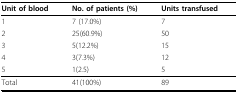
<table><thead><tr><td><b>Unit of blood</b></td><td><b>No. of patients (%)</b></td><td><b>Units transfused</b></td></tr></thead><tbody><tr><td>1</td><td>7 (17.0%)</td><td>7</td></tr><tr><td>2</td><td>25(60.9%)</td><td>50</td></tr><tr><td>3</td><td>5(12.2%)</td><td>15</td></tr><tr><td>4</td><td>3(7.3%)</td><td>12</td></tr><tr><td>5</td><td>1(2.5)</td><td>5</td></tr><tr><td>Total</td><td>41(100%)</td><td>89</td></tr></tbody></table>